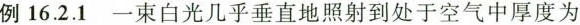
例16.2.1一束白光几乎垂直地照射到处于空气中厚度为